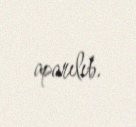
aparılıb.